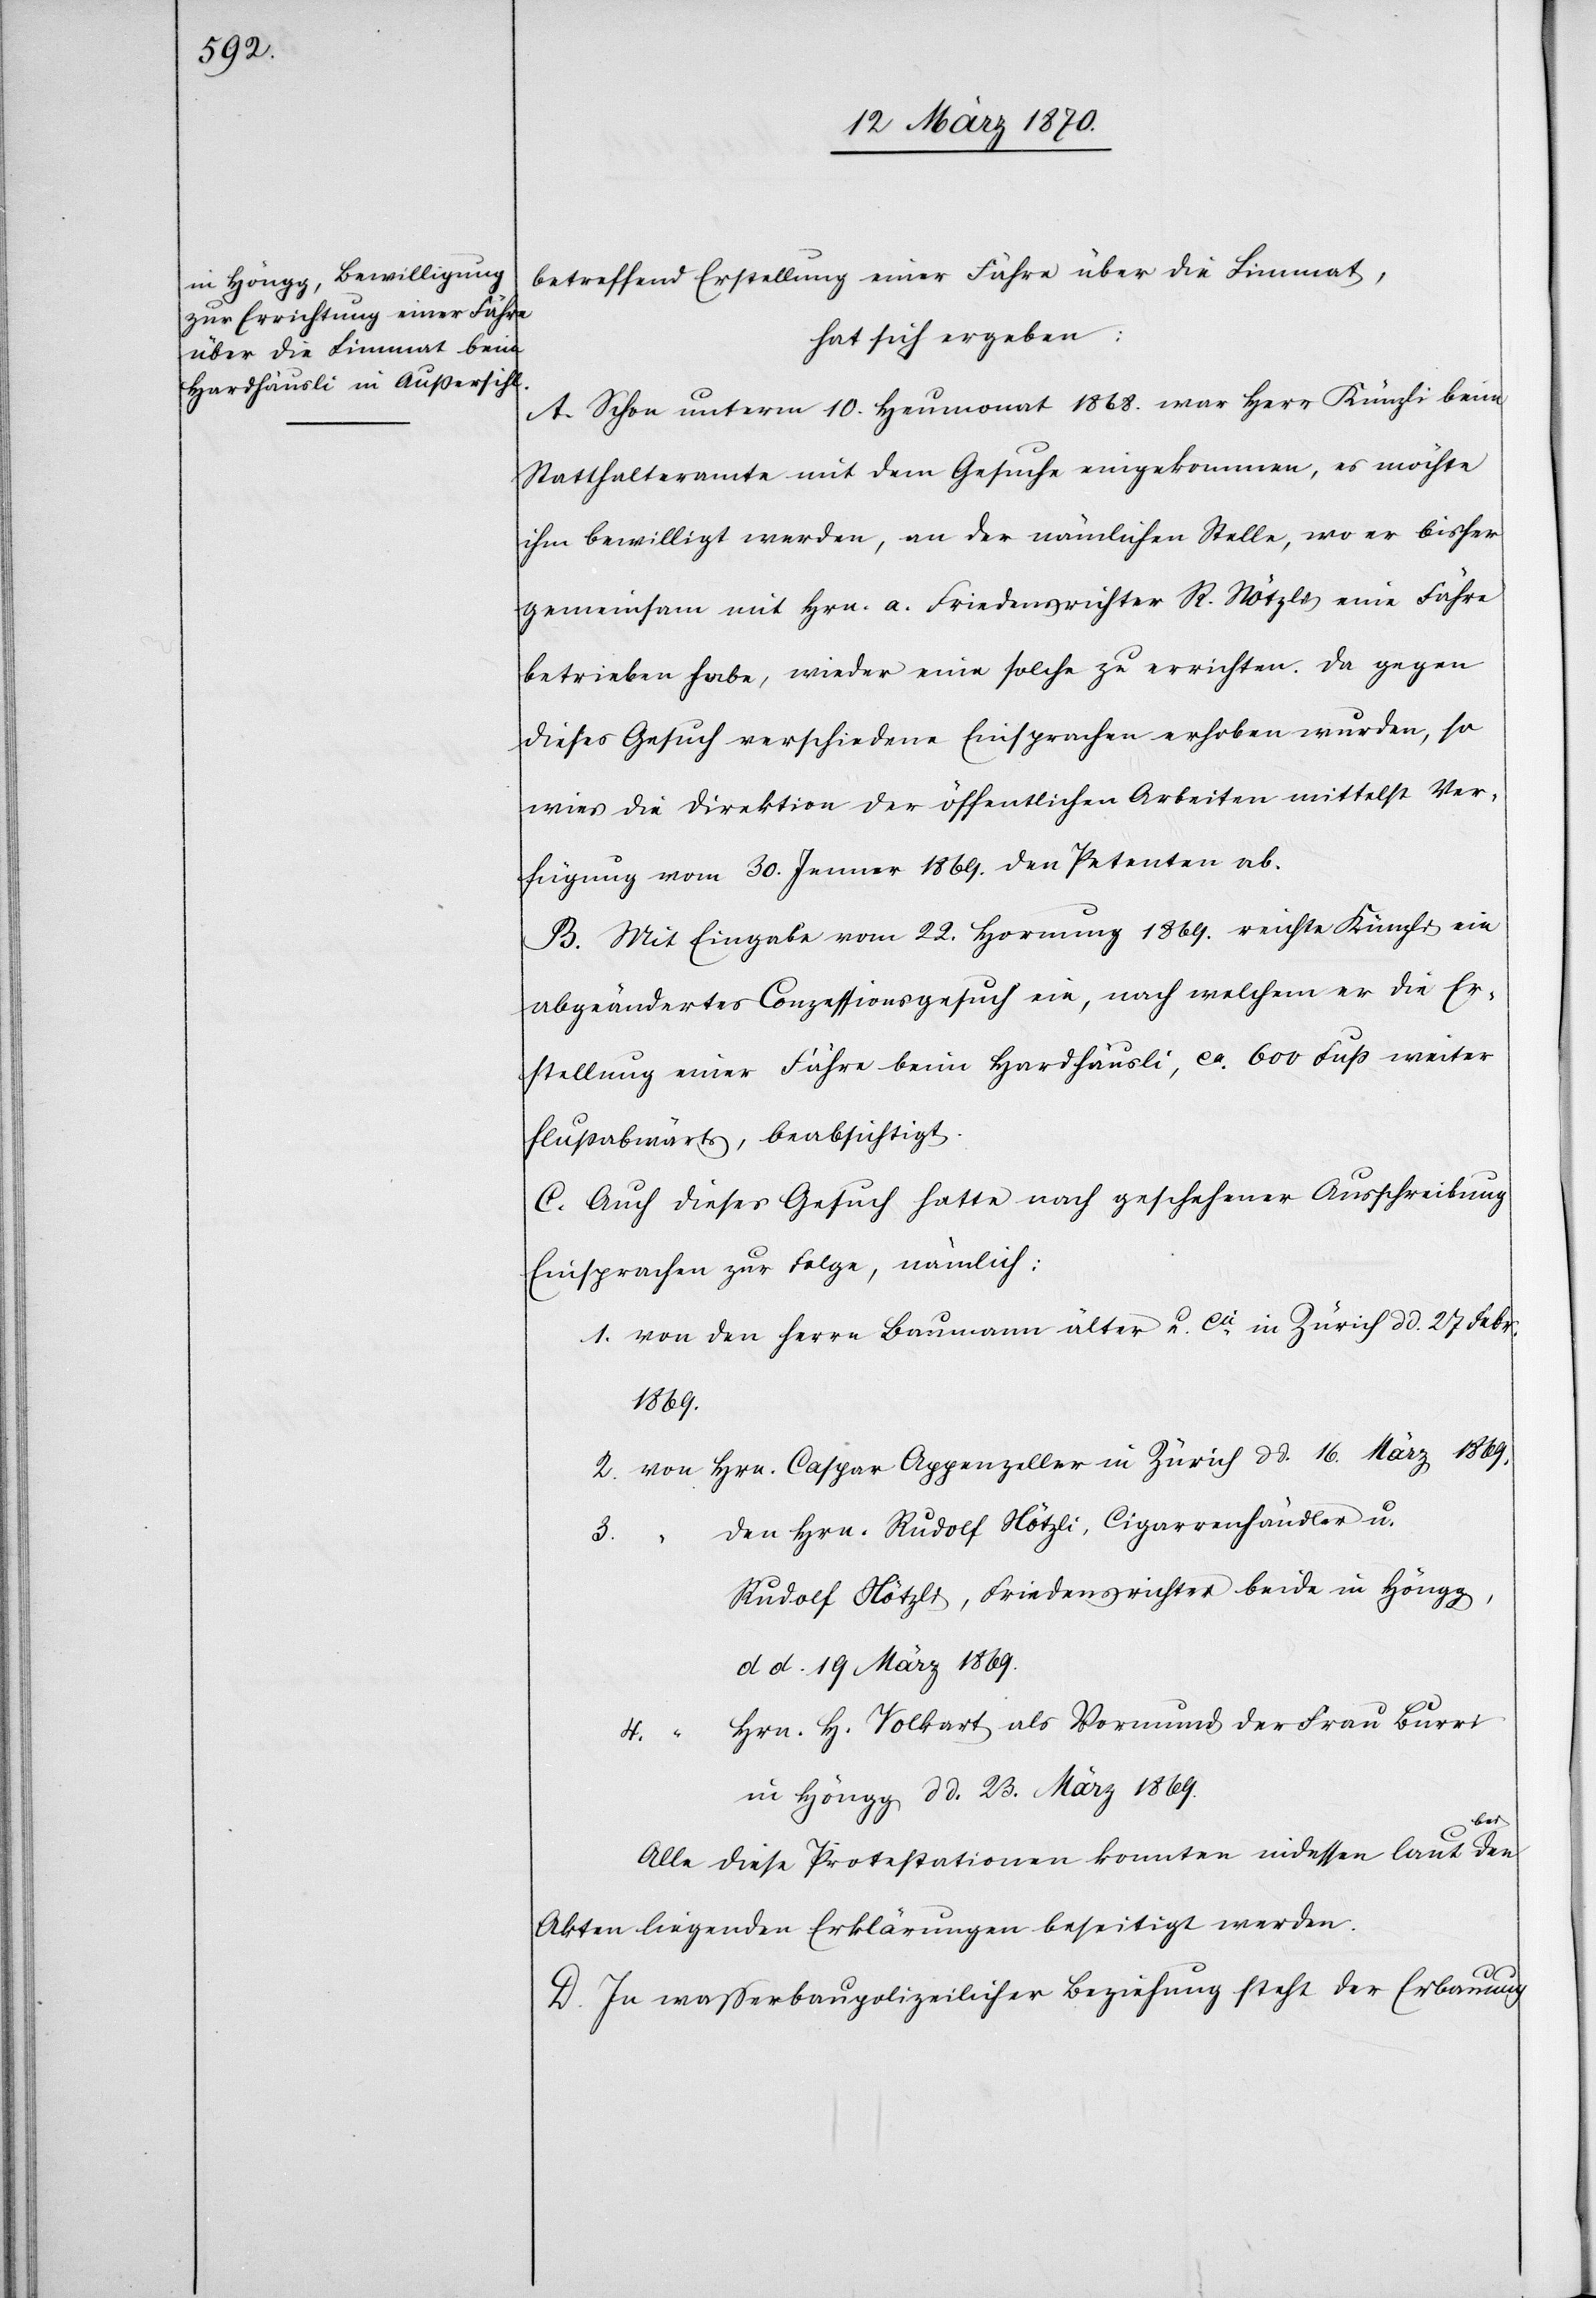
betreffend Erstellung einer Fähre über die Limmat,
hat sich ergeben:
A. Schon unterm 10. Heumonat 1868. war Herr Künzli beim
Statthalteramte mit dem Gesuche eingekommen, es möchte
ihm bewilligt werden, an der nämlichen Stelle, wo er bisher
gemeinsam mit Hrn. a. Friedensrichter R. Nötzli eine Fähre
betrieben habe, wieder eine solche zu errichten. Da gegen
dieses Gesuch verschiedene Einsprachen erhoben wurden, so
wies die Direktion der öffentlichen Arbeiten mittelst Ver¬
fügung vom 30. Jenner 1869. den Petenten ab.
B. Mit Eingabe vom 22. Hornung 1869. reichte Künzli ein
abgeändertes Conzessionsgesuch ein, nach welchem er die Er¬
stellung einer Fähre beim Hardhäusli, ca. 600 Fuß weiter
flußabwärts, beabsichtigt.
C. Auch dieses Gesuch hatte nach geschehener Ausschreibung
Einsprachen zur Folge, nämlich:
1869.
den Hrn. Rudolf Nötzli, Cigarrenhändler u.
3.
den
Rudolf Nötzli, Friedensrichter beide in Höngg,
d d. 19 März 1869.
Hrn. H. Volkart als Vormund der Frau Burri
in Höngg d d. 23. März 1869.
Alle diese Protestationen konnten indessen laut
Akten liegenden Erklärungen beseitigt werden.
D. In wasserbaupolizeilicher Beziehung steht der Erbauung